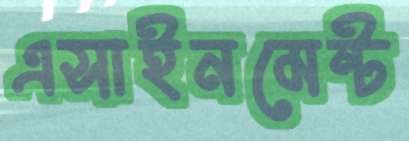
এসাইনমেন্ট